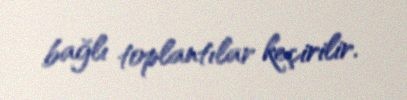
bağlı toplantılar keçirilir.